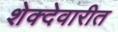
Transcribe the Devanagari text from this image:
शेक्देवारीत